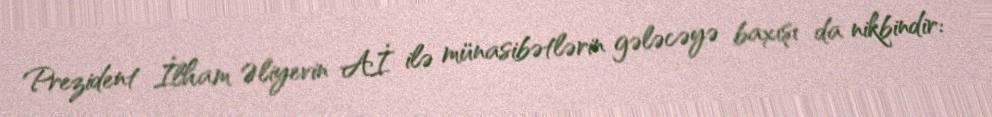
Prezident İlham Əliyevin Aİ ilə münasibətlərin gələcəyə baxışı da nikbindir: